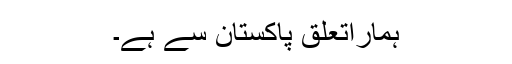
ہماراتعلق پاکستان سے ہے۔